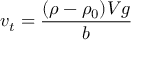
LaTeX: \mathbf { } v _ { t } = { \frac { ( \rho - \rho _ { 0 } ) V g } { b } }